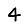
Digit: 4